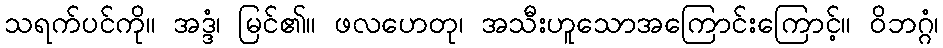
သရက်ပင်ကို။ အဒ္ဒံ၊ မြင်၏။ ဖလဟေတု၊ အသီးဟူသောအကြောင်းကြောင့်။ ဝိဘဂ္ဂံ၊